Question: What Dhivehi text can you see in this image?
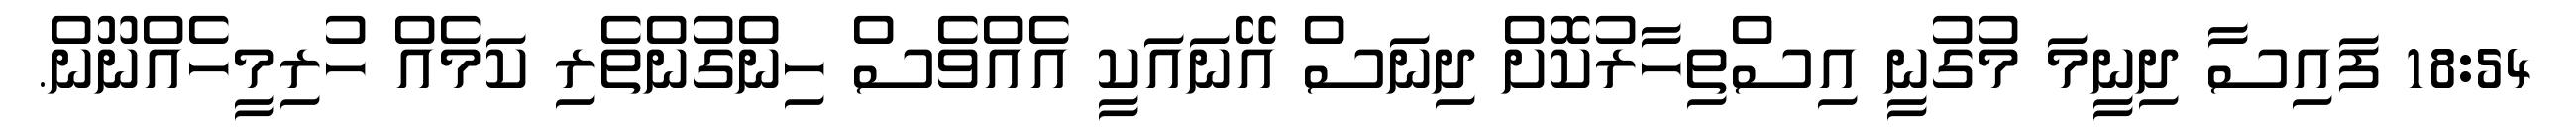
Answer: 18:54 ފައިސާ ދިނީމަ މުގުނީ އިސްތިހާރުކޮށް ދިނަސް އޭނައަކީ އެއްވެސް ހިންގުންތެރި ކަމެއް ހުރިމީހެއްނޫން.